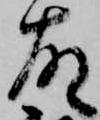
故